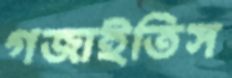
গজাইতিস